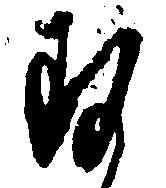
す